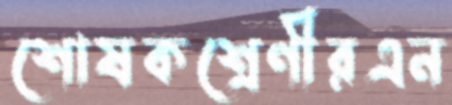
শোষকশ্রেণীরএন